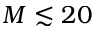
M \lesssim 2 0